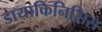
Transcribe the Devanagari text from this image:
डायाकिनिसिस